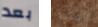
بعد الفتحة